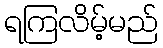
ရကြလိမ့်မည်